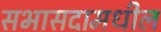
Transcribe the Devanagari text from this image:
सभासदामधील